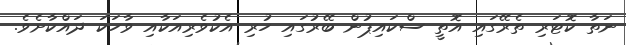
ނަތާ ކޮޓަރި ތެރޭގައި އޮތީ ސްކައިޕުން ބޭރުގައި ހުރި އެކުވެރިއަކާއި ވާހަކަ ދައްކާށެވެ.